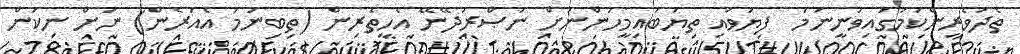
ތެދުވެރިންކަމުގައިވަނީނަމަ  ފިޔަވައި ތިޔަބައިމީހުންނަށް ނަޞްރުދޭނޭ އެހީތެރިން (ތިބިނަމަ އެއުރެން) ނަށް ނިކަން